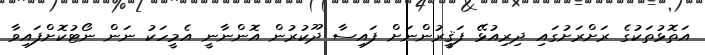
އަތޮޅުތަކުގެ ރަށްރަށުގައި ދިރިއުޅޭ ފަޤީރުންނަށް ފައިސާ ދޫކުރުން އޮންނާނީ އެމީހަކު ނަން ނޯޓުކޮށްފައިވާ